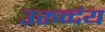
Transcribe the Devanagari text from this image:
उरुव्दंय